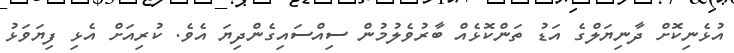
އުޅެނިކޮށް ދާނިޔަލްގެ އަޑު ތަންކޮޅެއް ބާރުވެލުމުން ސިއްސައިގެންދިޔަ އެވެ. ކުރިއަށް އެޅި ފިޔަވަޅު